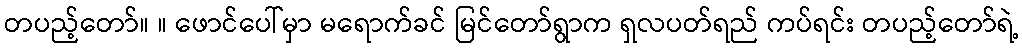
တပည့်တော်။ ။ ဖောင်ပေါ်မှာ မရောက်ခင် မြင်တော်ရွာက ရှလပတ်ရည် ကပ်ရင်း တပည့်တော်ရဲ့